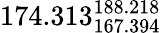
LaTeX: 174.313_{167.394}^{188.218}